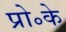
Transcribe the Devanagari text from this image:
प्रो॰के